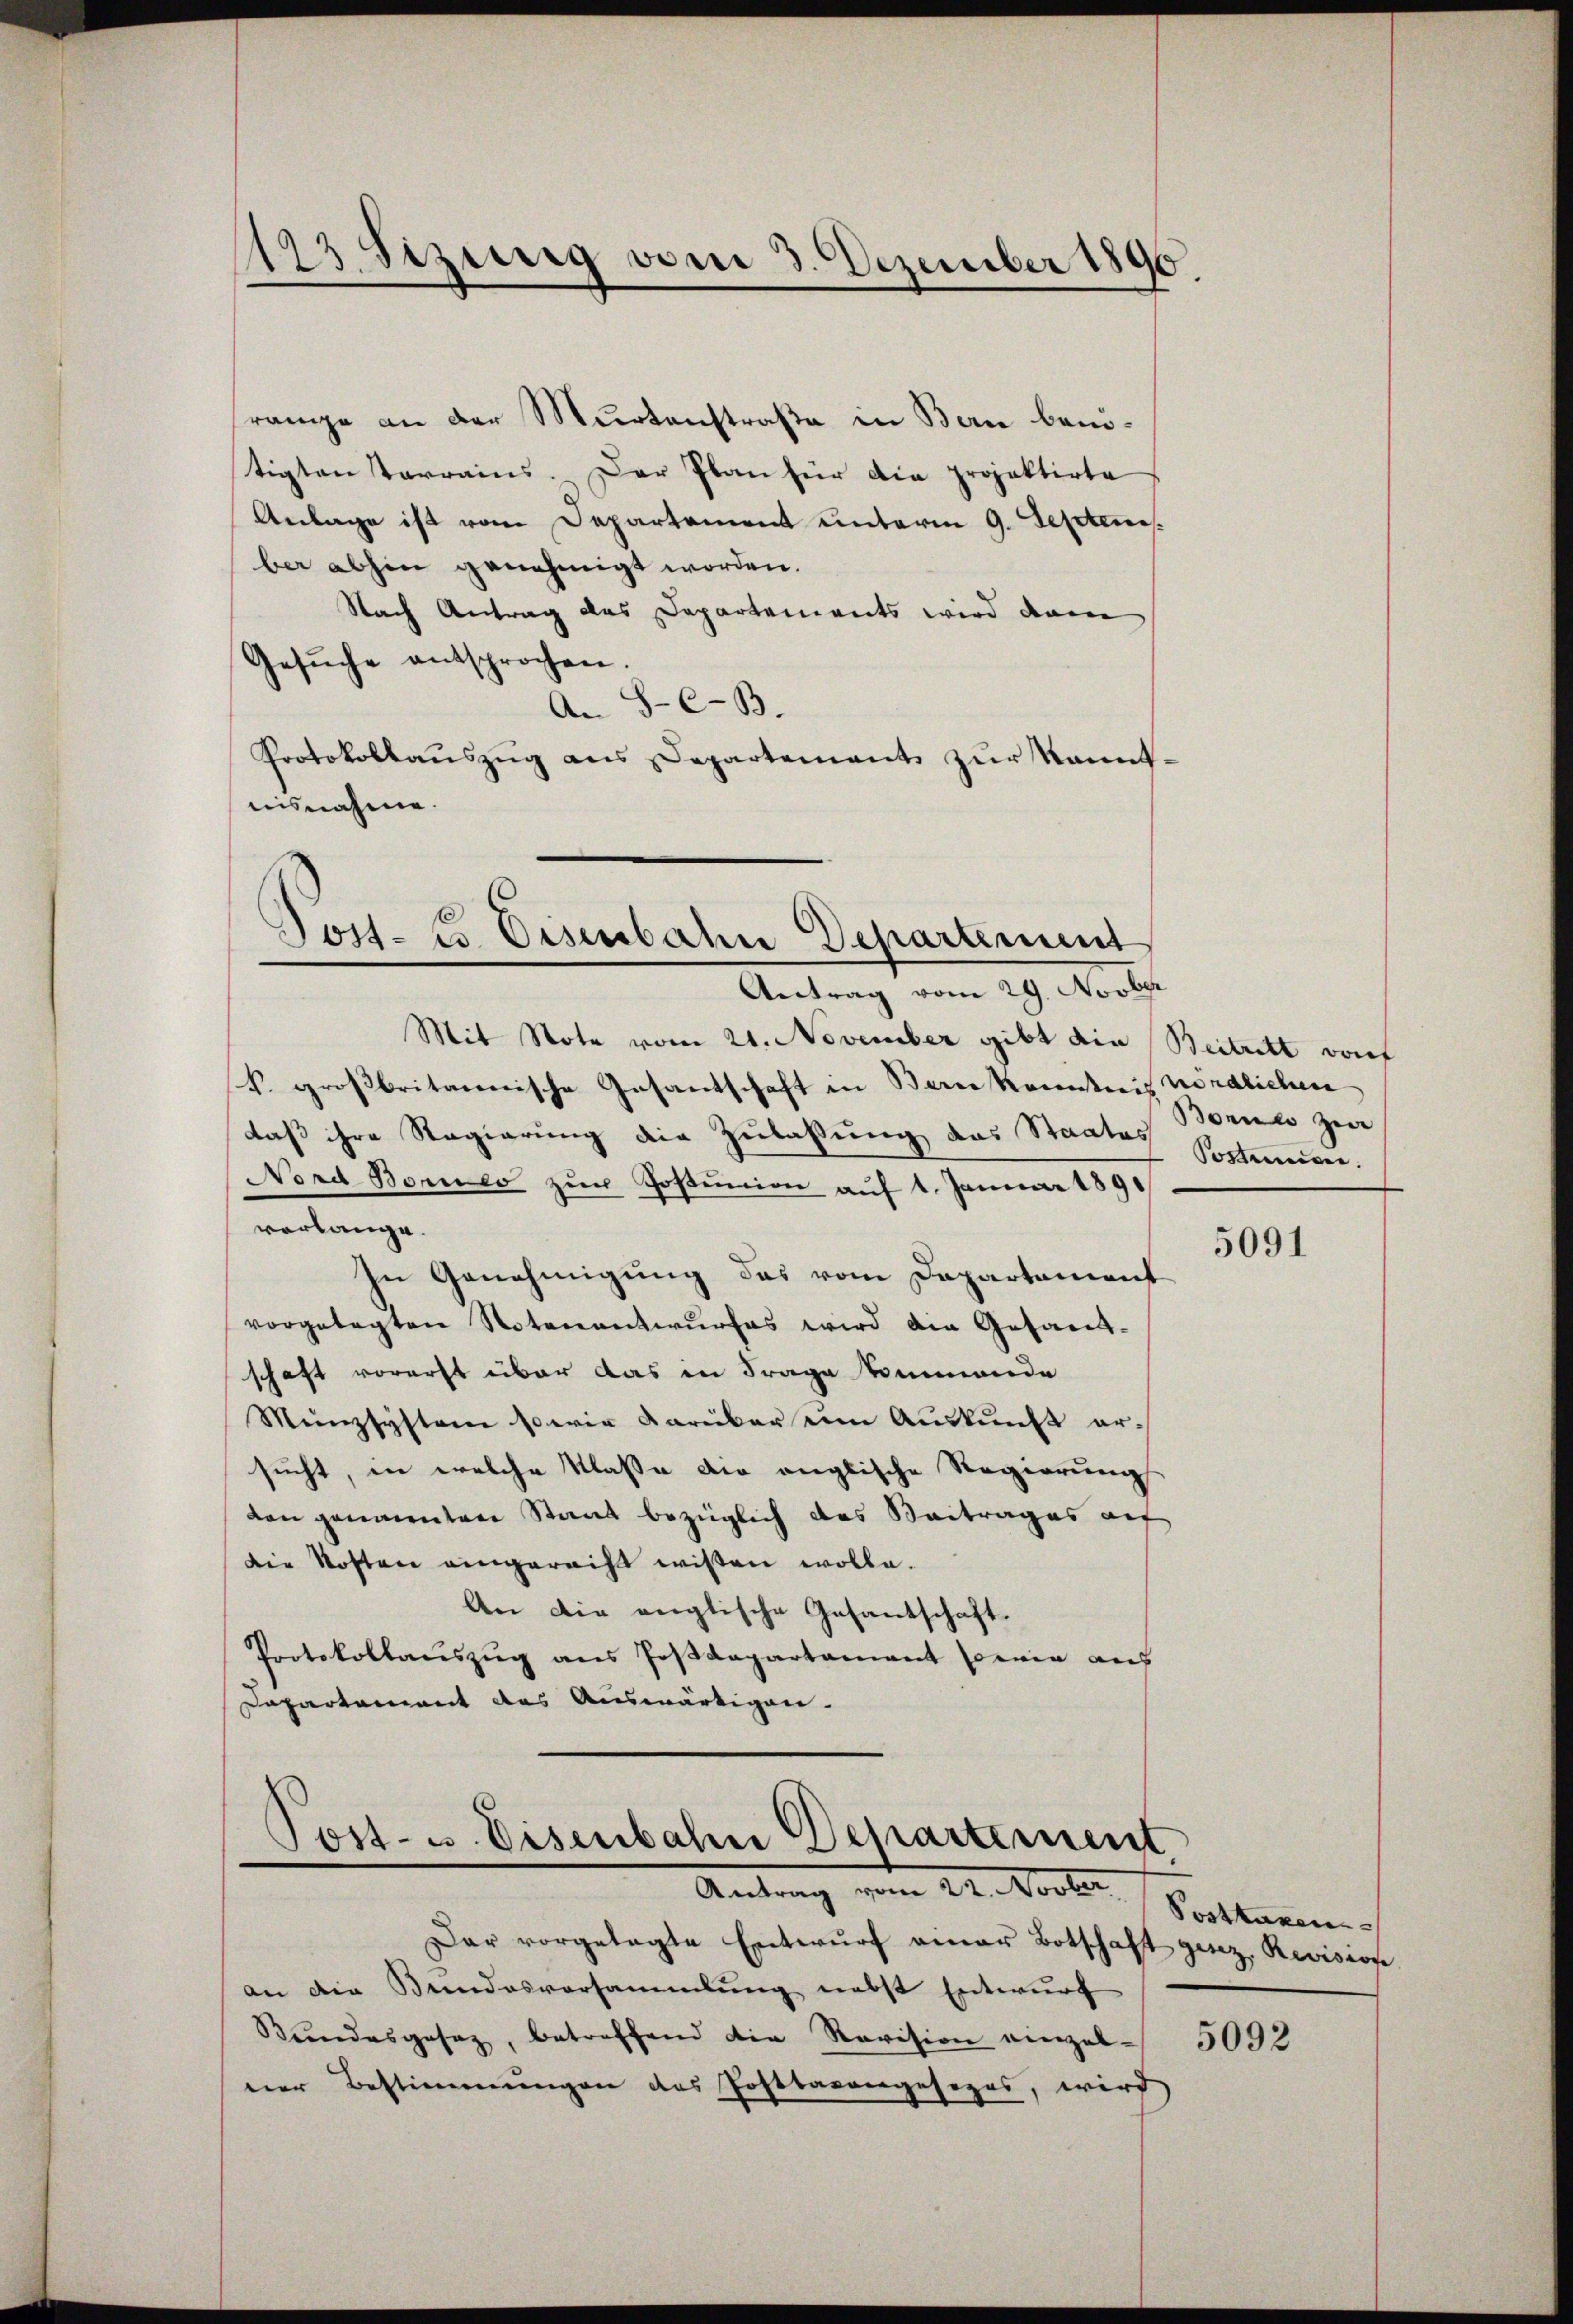
193 Sizung vom 3. Dezember 1890.

range an der Murtenstraße in Bern benötigten starrains. Der Plan für die projektirte
Anlage ist vom Departement unterm 9. Septems.
ber abhin genehmigt worden.
Nach Antrag das Departements wird dann
Gesŭche entsprochen.
An 8-C-B.
Protokollaŭszŭg ans Departement zŭr kannt-
nisnahme.

¬
Jost- u. Eisenbahne Departement

Post- u. Eisenbahn Departement
Antrag vom 22. Novber

Antrag vom 29. Novber
Mit Note vom 21. November gibt die Beitritt vorf
k. großbritanische Gesantschaft in Bern Kannstreit nördlichen
daß ihre Regierung die Zulassung das Staates Sorteneuver¬
Nord Borneo zŭr Postunion aŭf 1. Januar 1891
verlange.
In Genehmigung das vom Departement
vorgetagten Notenantwŭrfes wird die Gesand-
schaft vorerst über das in Frage kommende
Meinzsystem so wir darüber um Auskunft ersucht, in welche Klasse die anglische Regierung
don genannten Staat bezüglich das Beitrages auf
die Kosten eingerecht wissen wolle.
An die englische Gesandtschaft.
Protokollauszug aus Postdepartament sowie auch
Departement des Auswärtigen.

Dar vorgelegte Entwŭrf einer Botschaft gesez. Revisione
an die Bundesversammlung nebst Entwurf
Bŭndesgesetz, betreffend die Revision einzel- 5003
ner Bestimmungen das Postbarengesopes, wird

Bonnes zw

5091

Posttaxen